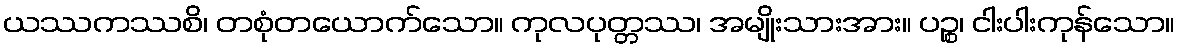
ယဿကဿစိ၊ တစုံတယောက်သော။ ကုလပုတ္တဿ၊ အမျိုးသားအား။ ပဉ္စ၊ ငါးပါးကုန်သော။